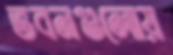
ভবনগুলোয়